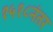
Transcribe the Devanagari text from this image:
१५१८नंतर